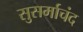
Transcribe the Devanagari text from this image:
सुसर्माचंद